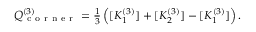
\begin{array} { r } { Q _ { \mathrm { ~ c ~ o ~ r ~ n ~ e ~ r ~ } } ^ { ( 3 ) } = \frac { 1 } { 3 } \left( [ K _ { 1 } ^ { ( 3 ) } ] + [ K _ { 2 } ^ { ( 3 ) } ] - [ K _ { 1 } ^ { ( 3 ) } ] \right) . } \end{array}